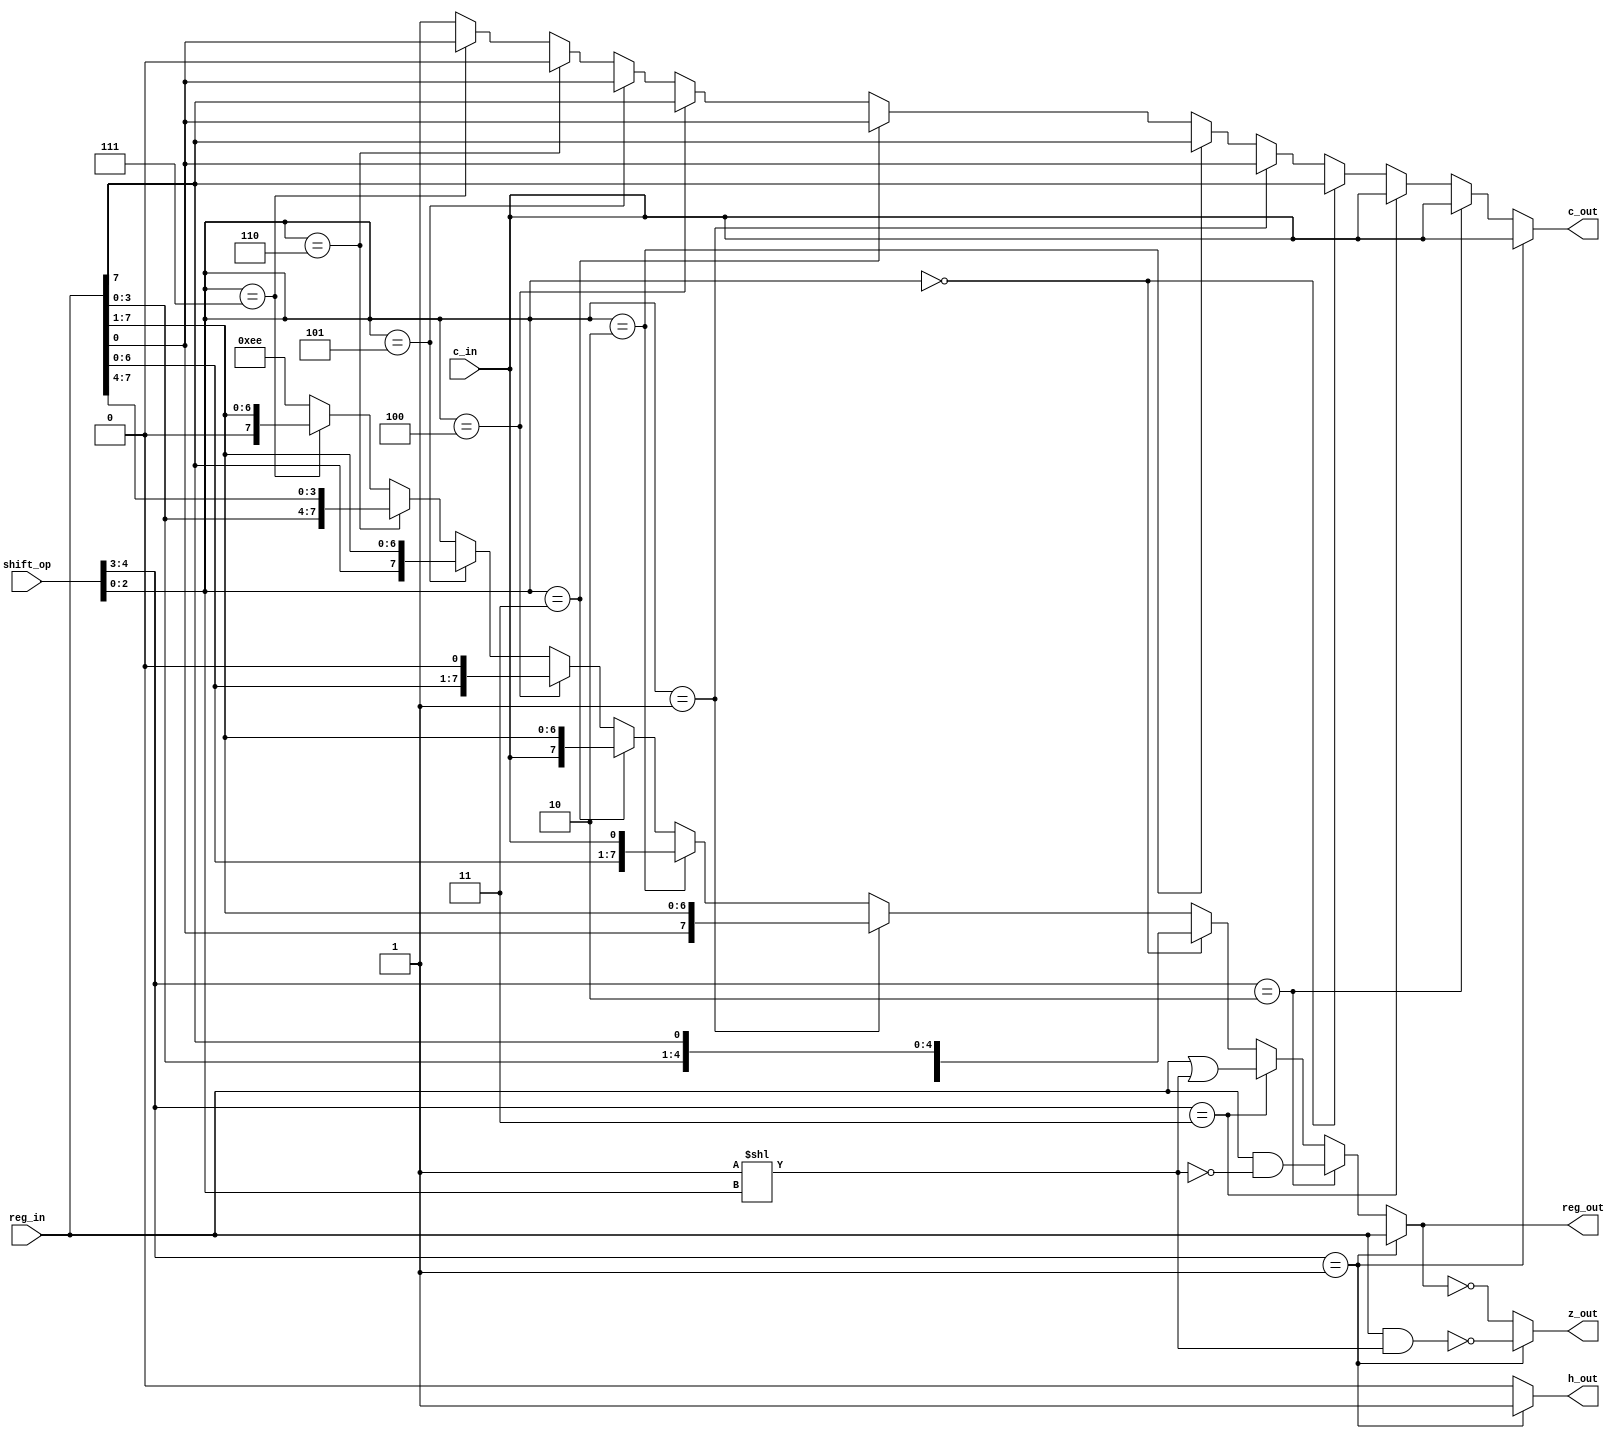
`timescale 1ns / 1ns

module bit_ops(
    input [4:0]shift_op,
    input [7:0]reg_in,
    input c_in,

    output [7:0]reg_out,
    output c_out,
    output z_out,
    output h_out
    );

    parameter rlc_op = 0,
              rrc_op = 1,
              rl_op  = 2,
              rr_op  = 3,
              sla_op = 4,
              sra_op = 5,
              swap_op = 6,
              srl_op = 7;

    parameter bit_op = 1,
              res_op = 2,
              set_op = 3;

    wire [8:0]rlc_result;
    wire [8:0]rrc_result;
    wire [8:0]rl_result;
    wire [8:0]rr_result;
    wire [8:0]sla_result;
    wire [8:0]sra_result;
    wire [8:0]swap_result;
    wire [8:0]srl_result;

    wire [7:0]bit_result_temp;
    wire [7:0]res_result_temp;
    wire [7:0]set_result_temp;

    wire [8:0]bit_result;
    wire [8:0]res_result;
    wire [8:0]set_result;

    assign rlc_result = {reg_in[7], reg_in[6:0], reg_in[7]};
    assign rrc_result = {reg_in[0], reg_in[0], reg_in[7:1]};
    assign rl_result  = {reg_in[7], reg_in[6:0], c_in};
    assign rr_result  = {reg_in[0], c_in, reg_in[7:1]};
    assign sla_result = {reg_in[7], reg_in[6:0], 1'd0};
    assign sra_result = {reg_in[0], reg_in[7], reg_in[7:1]};
    assign swap_result = {1'd0, reg_in[3:0], reg_in[7:4]};
    assign srl_result = {reg_in[0], 1'd0, reg_in[7:1]};

    assign bit_result_temp = reg_in[7:0] & (1 << shift_op[2:0]);
    assign res_result_temp = reg_in[7:0] & (~(1 << shift_op[2:0]));
    assign set_result_temp = reg_in[7:0] | (1 << shift_op[2:0]);

    assign bit_result = {c_in, bit_result_temp};
    assign res_result = {c_in, res_result_temp};
    assign set_result = {c_in, set_result_temp};

    assign reg_out = (shift_op[4:3] == bit_op) ? reg_in :
                     (shift_op[4:3] == res_op) ? res_result[7:0] :
                     (shift_op[4:3] == set_op) ? set_result[7:0] :
                     (shift_op[2:0] == rlc_op) ? rlc_result[7:0] :
                     (shift_op[2:0] == rrc_op) ? rrc_result[7:0] :
                     (shift_op[2:0] == rl_op) ? rl_result[7:0] :
                     (shift_op[2:0] == rr_op) ? rr_result[7:0] :
                     (shift_op[2:0] == sla_op) ? sla_result[7:0] :
                     (shift_op[2:0] == sra_op) ? sra_result[7:0] :
                     (shift_op[2:0] == swap_op) ? swap_result[7:0] :
                     (shift_op[2:0] == srl_op) ? srl_result[7:0] :
                     'hee; // can never occur

    assign c_out =   (shift_op[4:3] == bit_op) ? bit_result[8] :
                     (shift_op[4:3] == res_op) ? res_result[8] :
                     (shift_op[4:3] == set_op) ? set_result[8] :
                     (shift_op[2:0] == rlc_op) ? rlc_result[8] :
                     (shift_op[2:0] == rrc_op) ? rrc_result[8] :
                     (shift_op[2:0] == rl_op) ? rl_result[8] :
                     (shift_op[2:0] == rr_op) ? rr_result[8] :
                     (shift_op[2:0] == sla_op) ? sla_result[8] :
                     (shift_op[2:0] == sra_op) ? sra_result[8] :
                     (shift_op[2:0] == swap_op) ? swap_result[8] :
                     (shift_op[2:0] == srl_op) ? srl_result[8] :
                     'h1; // can never occur

    assign z_out =   (shift_op[4:3] == bit_op) ? bit_result[7:0] == 'd0 :
                     reg_out == 'd0;

    assign h_out =   (shift_op[4:3] == bit_op) ? 'd1 : 'd0;

endmodule